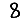
Digit: 8